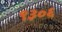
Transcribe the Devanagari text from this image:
९३०६